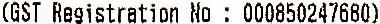
(GST REGISTRATION NO : 000850247680)